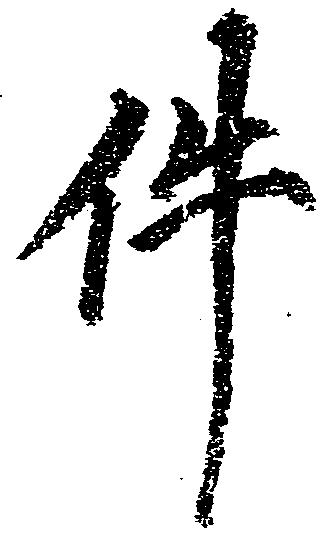
件